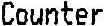
COUNTER